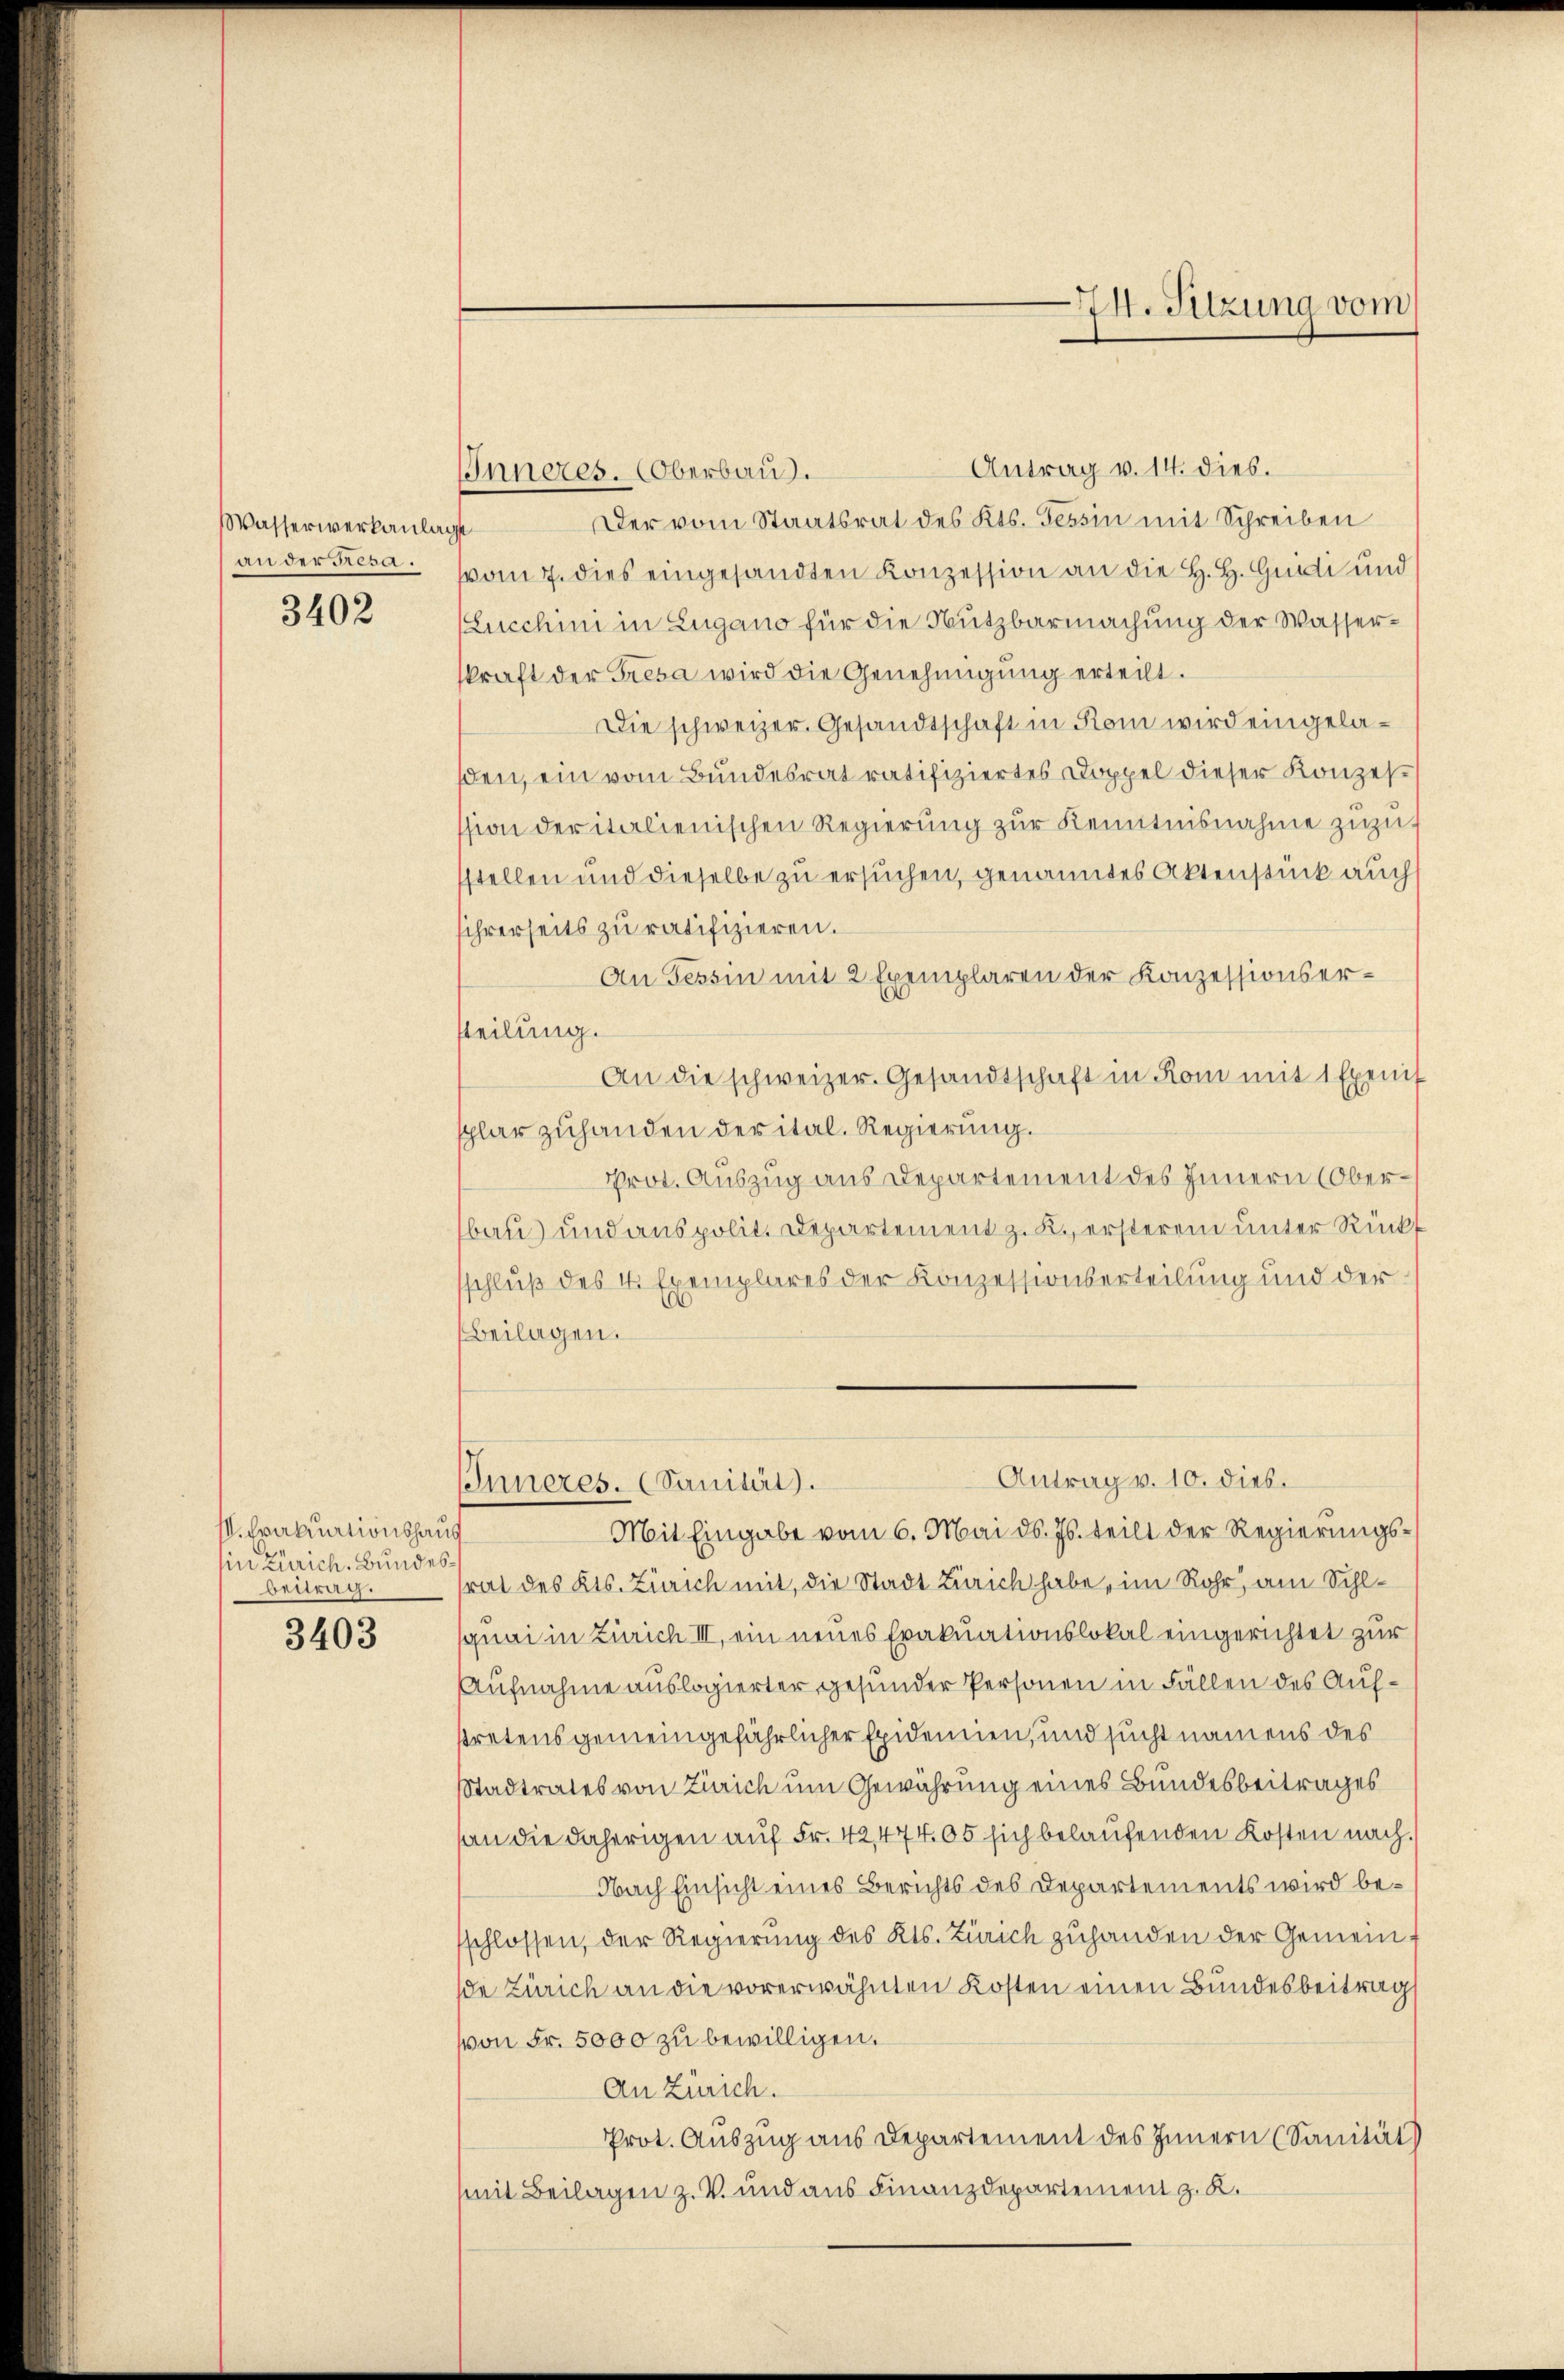
Wasserwerkanlag
an der Resa.

3402

s. Frakutionshaus
in Zürich. Bundes:
betrag.

3403

Antrag v. 14. dies.
IInneres. Oberbau.
Der vom Staatsrat des Kts. Tessin mit Schreiben
vom 7. dies eingesandten Konzession an die H. H. Guidi und
Lucchini in Zugano für die Nutzbarmachung der Wasserkraft der Tresa wird die Genehmigŭng erteilt.
Die schweizer. Gesandtschaft in Rom wird eingeladen, ein vom Bundesrat ratifiziertes Doppel dieser Konzesssion der italienischen Regierŭng zŭr Kenntnisnahme zuzustellen und dieselbe zu ersuchen, genanntes Aktenstück auch
ihrerseits zu ratifizieren.
An Tessin mit 2 Exemplaren der Konzessionserteilung.
An die schweizer. Gesandtschaft in Rom mit 1 Exemt
lar zuhanden der ital. Regierung.
prot. Auszug aus Departement des Innern (Oberbau und aus polit. Departement z. B. ersterem unter Rückt
schluß des V. Exemplares der Konzessionserteilung und der
Beilagen.
Antrag v. 10. dies.
Inneres. (Sanität).
Mit Eingabe vom 6. Mai d. Js. teilt der Regierungsrat des Kts. Zürich mit, die Stadt Zürich habe, im Rohr, am Sihlquai in Zürich III, ein neues Erakuationslokal eingerichtet zur
ufnahme auslogierter gesunder Personen in Fällen des Auftretens gemeingefährlicher Epidemien, und sucht namens des
Stadtrates von Zürich um Gewährung eines Bundesbeitrages
an die daherigen auf Fr. 42,474. 05 sich belaufenden Kosten nach
Nach Einsicht eines Berichts des Departements wird beschlossen, der Regierung des Kts. Zürich zuhanden der Gemeins
de Zürich an die vorerwähnten Kosten einen Bundesbeitrag
von Fr. 5000 zu bewilligen.
An Zürich.
Prot. Auszug aus Departement des Innern (Sanität)
(mit Beilagen z. V. und aus Finanzdepartement z. K.

74. Sitzung vom